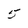
Character: 5